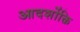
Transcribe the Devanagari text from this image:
आदर्शोक्ति